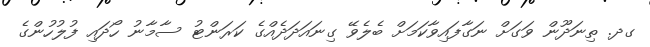
ގދ. ތިނަދޫން ވަގަށް ނަގާފައިވާކަމަށް ބެލެވޭ ގިނައަދަދެއްގެ ކަރަންޓު ސާމާނު ހޯދައި ފުލުހުންގެ